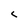
Character: c